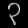
Digit: ၃